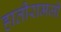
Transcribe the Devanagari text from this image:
हातीरामजी